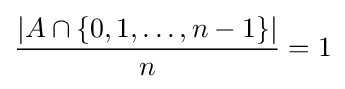
{\frac {\left|A\cap \{0,1,\ldots ,n-1\}\right|}{n}}=1